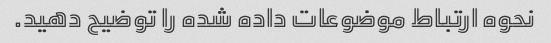
نحوه ارتباط موضوعات داده شده را توضیح دهید.